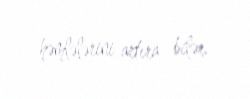
həmlələrini artıra bilər.